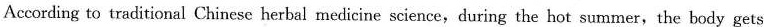
According to traditional Chinese herbal medicine science,during the hot summer,the body gets